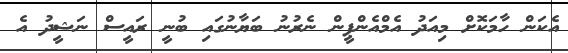
އެކަން ހާމަކޮށް މިއަދު އެމްއެންޕީން ނެރުނު ބަޔާނުގައި ބުނީ ރައީސް ނަޝީދު އެ